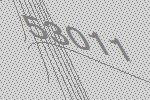
53011